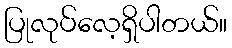
ပြုလုပ်လေ့ရှိပါတယ်။